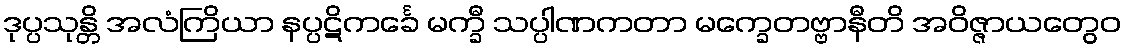
ဒုပ္ပသုန္တိ အလံကြိယာ နပ္ပဋိကင်္ခေ မက္ခီ သပ္ပါဏကတာ မက္ခေတဗ္ဗာနီတိ အဝိဇ္ဇာယတွေဝ